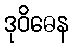
ဒုဝိဓေန